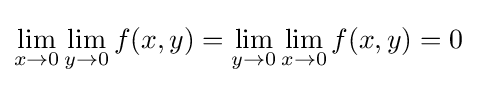
\lim _{x\to 0}\lim _{y\to 0}f(x,y)=\lim _{y\to 0}\lim _{x\to 0}f(x,y)=0